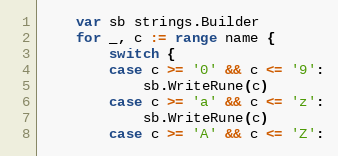
Language: Go
	var sb strings.Builder
	for _, c := range name {
		switch {
		case c >= '0' && c <= '9':
			sb.WriteRune(c)
		case c >= 'a' && c <= 'z':
			sb.WriteRune(c)
		case c >= 'A' && c <= 'Z':